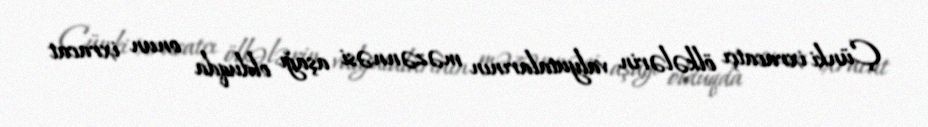
Çünki ixracatçı ölkələrin valyutalarının məzənnəsi aşağı olduqda onun ixracat